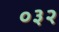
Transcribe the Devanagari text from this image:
०३२